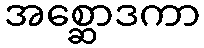
အစ္ဆောဒကာ